Seli_vallavalitsus_Parnumaal, lk 12
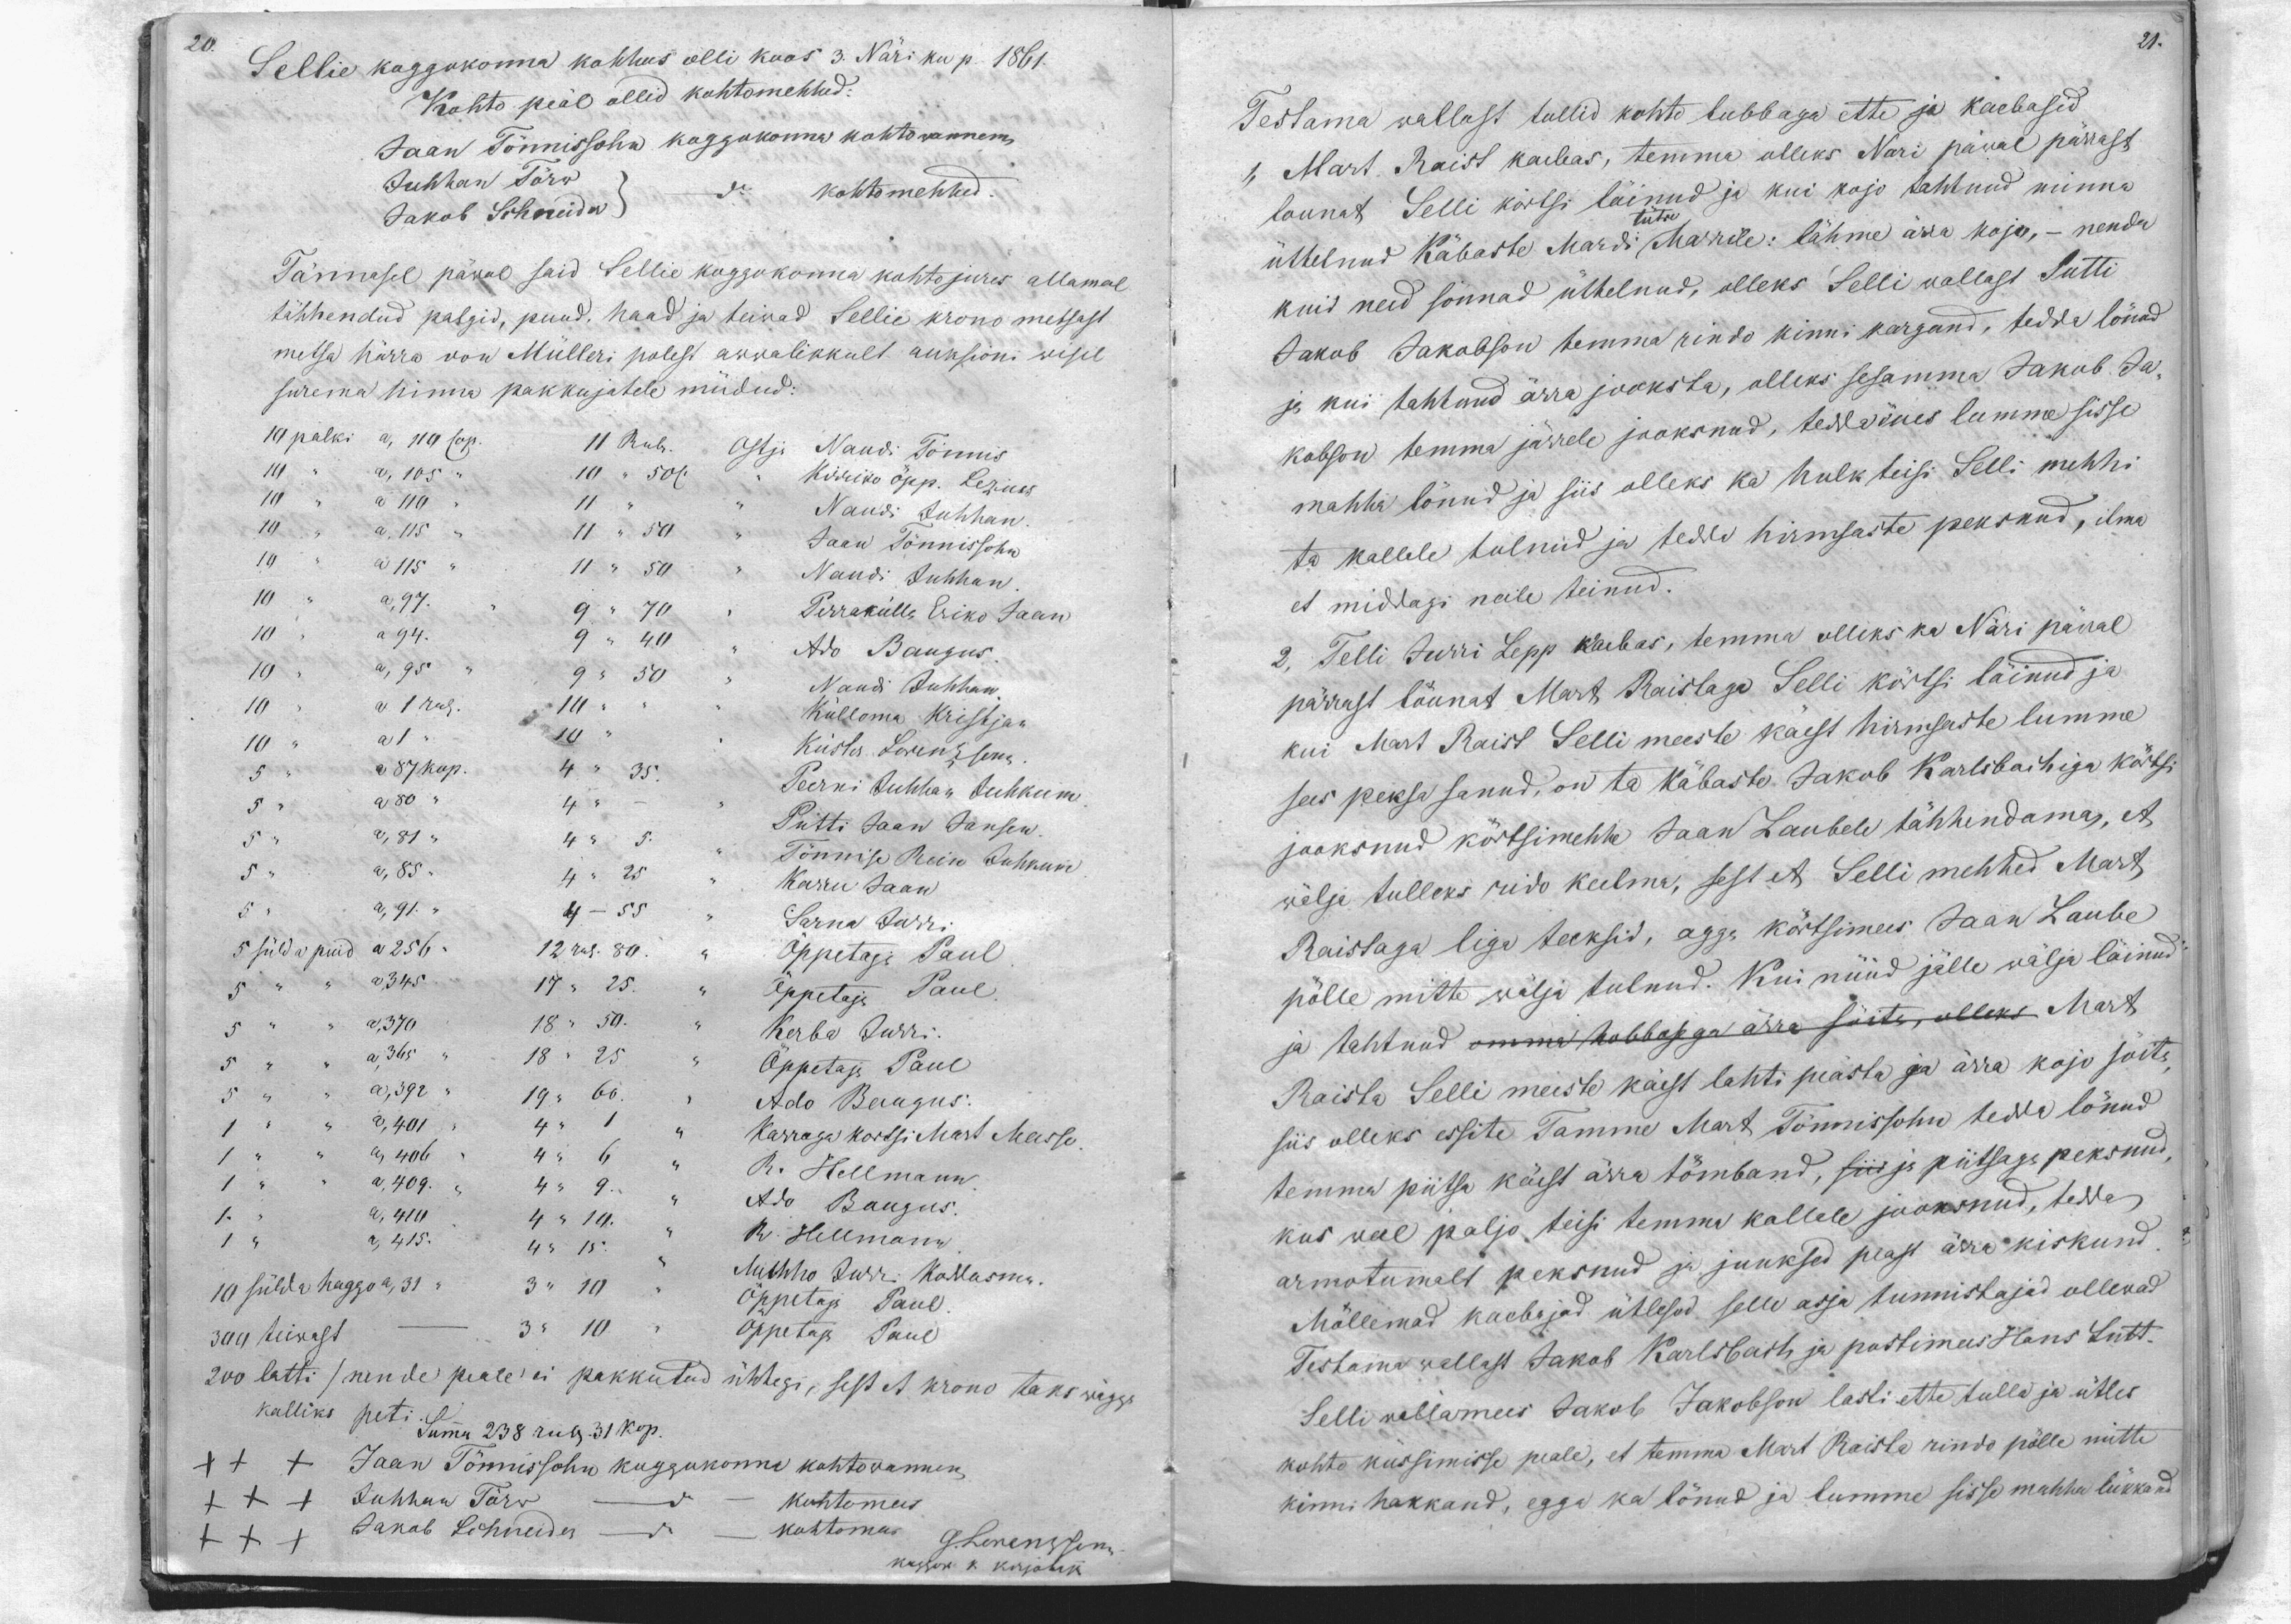
21.

20.
Sellie koggokonna kohhus olli koos 3. Näri ku p. 1861.
Kohto peäl ollid kohtomehhed:
Jaan Tönnissohn koggokonna kohtowannem
Juhhan Törw
Jakob Schneider
do
Kohtomehhed
Tännasel päwal said Sellie koggokonna kohto jures allamal
tähhendud palgid, puud, haad ja teiwad Sellie krono metsast
metsa härra von Mülleri polest awwalikkult auksioni wisil
surema hinna pakkujatele müdud:
10 palki a, 119 cop. 11 Rub.
10  " a 105 " 10 " 50 c. Kirriko öpp. Lezius
Ostja Nandi Tönnis
10 " a, 115 " 11 " 50 " Jaan Tönnissohn
10 " a 110 " 11 " " Naudi Juhhan.
10 " a 115 " 11 " 50 " Naudi Juhhan.
10 " a 97 " " 9 " 70 " Perrakülla, Eriko Jaan
10 " a 95 " 9 " 50
10 a 94 " 9 40 " Ado Baugus.
" Naudi Juhhan
10 " a 1 rbl. 10 "
10 " a 1 " 10 "
Külloma Kristjan
Küster Lorenzsonn
5 " " a 87 kop. - 4 " 35
Peerni Juhhan Juhkum
5 " a 80 " 4 "
Putti Jaan Jansen.
5 " a 81 " 4" 5.
Tönnise Rein Juhkum
5 " " a 85 " 4 " 25 "
Karru Jaan
5 " a 91 " 4 - 55
Sarna Jurri
5 sülda puid a 256 - 12 rub 80.
Öppetaja Paul
5 " a 345 17 " 25 "
Öppetaja Paul.
5 " a 370 18 " 50 " " Kerba Jurri
5 " " a 365 " 18 " 25
Öppetaja Paul
Ado Bangus.
1 " " a 401 " 4 " 1 "
5 " " a, 392 " 19 " 60 "
1 " " a 406 " 4 " 6 "
Karroga kortsi Mart Masso.
1 " " a 409 " 4  9 "
R. Hellmann
Ado Baugus.
R. Hellmann
1 " a 415 4 " 15.
10 sülda haggo a 31 " 3 " 10 " Mehho Jurri Kallasma.
Öppetaja Paul
300 teiwast - 3 " 10 " Öppetaja Paul
200 latti /nende peale ei pakkutud ühtegi, sest et krono taks wägga
kalliks peti.
Summa 238 rub 31 kop.
xxx Jaan Tönnissohn koggokonna kohtowannem
xxx Juhhan Törv - do - kohtomees
xxx Jakob Schneider - do - kohtomees
G.Lorenzsonn
koggok k kirjotaja

Testama wallast tullid kohto lubbaga ette ja kaebasid
1, Mart Raist kaebas, temma olleks Nari päwal pärrast
lounat Selli kõrtsi läinud ja kui kojo tahtnud minna
üttelnud Käbaste Mardi tütar Marrile: lähme ära koju, - nenda
kuid need sönnad ütlelnud, olleks Selli wallast Sutti
Jakob Jakobson temma rindo kinni kargand, tedda lönud
ja kui tahtnud ärra jooksta, olleks sesamma Jakob Ja-
kobson temma järrele jooksnud, tedda õues lumme sisse
mahha lönud ja siis olleks ka hulk teisi Selli mehhi
ta kallale tulnud ja tedda hirmsaste peksnud, ilma
et middagi neile teinud.
2. Telli Jürri Lepp kaebas, temma olleks ka Näri päwal
pärrast löunat Mart Raistaga Selli kõrtsi läinud ja
kui Mart Raist Selli meeste käest hirmsaste lumme
sees peksa sanud, on ta Käbaste Jakob Karlsbachiga körtsi
jooksnud körtsimehhe Jaan Laubele tähhendama, et
wälja tulleks rido keelma, sest et Selli mehhed Mart
Raistaga liga teeksid, agga körtsimees Jaan Laube
pölle mitte wälja tulnud. Kui nüüd jälle wälja läinud
ja tahtnud omma hobbosega ärra söitnu olleks Mart
Raista Selli meeste käest lahti peästa ja ärra kojo söita,
siis olleks essite Tamme Mart Tönnissohn tedda lönud
temma piitsa käest ärra tömband, siis ja piitsaga peksnud,
kus weel paljo teisi temma kollele jooksnud, tedda
armotumalt peksnud ja juuksed peast ärra kiskund.
Möllemad kaebajad ütlesed selle asja tunnistajad ollewad
Testama wallast Jakob Karlsbach ja postimees Hans Lutt.
Selli wallamees Jakob Jakobson lasti ette tulla ja ütles
kohto küssimisse peale, et temma Mart Raista rindo pölle mitte
kinni hakkand, egga ka lönud ja lumme sisse mahha lükkand.